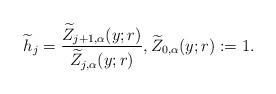
LaTeX: \begin{align*} \widetilde{h}_{j} = \frac{\widetilde Z_{j+1,\alpha}(y;r)}{\widetilde Z_{j,\alpha}(y;r)}, \widetilde Z_{0,\alpha}(y;r) := 1.\end{align*}